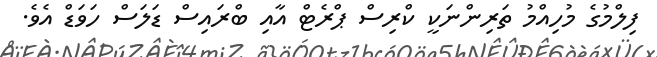
ފިލްމުގެ މުހިއްމު ތަރިންނަކީ ކްރިސް ޕްރެޓް އާއި ބްރައިސް ޑަލަސް ހަވަޑް އެވެ.